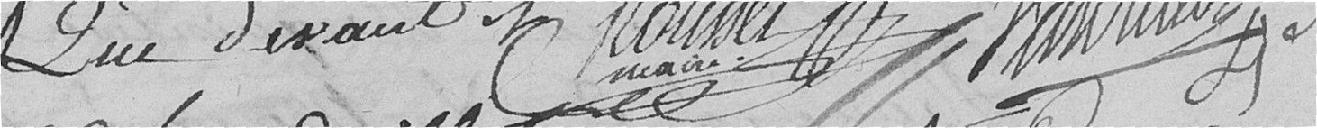
Que devant